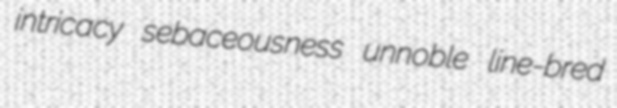
intricacy sebaceousness unnoble line-bred